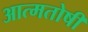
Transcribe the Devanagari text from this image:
आत्मतोषीं